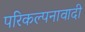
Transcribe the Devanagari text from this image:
परिकल्पनावादी